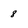
Character: 8